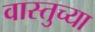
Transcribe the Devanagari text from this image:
वास्तुच्या